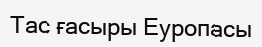
Тас ғасыры Еуропасы